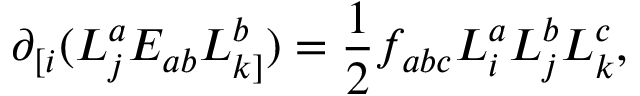
\partial _ { [ i } ( L _ { j } ^ { a } E _ { a b } L _ { k ] } ^ { b } ) = \frac { 1 } { 2 } f _ { a b c } L _ { i } ^ { a } L _ { j } ^ { b } L _ { k } ^ { c } ,